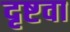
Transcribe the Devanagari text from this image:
दृष्टवा